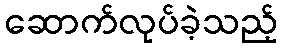
ဆောက်လုပ်ခဲ့သည့်